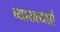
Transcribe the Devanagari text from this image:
व्याखयाएं